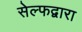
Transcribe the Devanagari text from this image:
सेल्फद्वारा